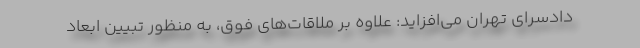
دادسرای تهران می‌افزاید: علاوه بر ملاقات‌های فوق، به منظور تبیین ابعاد